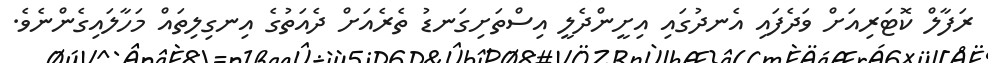
ރަފާލް ކޮޓަރިއަށް ވަދެފައި އެނދުގައި އިށީންދެލީ އިސްތަށިގަނޑު ތެރެއަށް ދެއަތުގެ އިނގިލިތައް މަހާލައިގެންނެވެ.